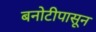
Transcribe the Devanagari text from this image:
बनोटीपासून